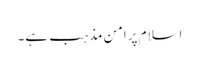
اسلام پرامن مذہب ہے۔